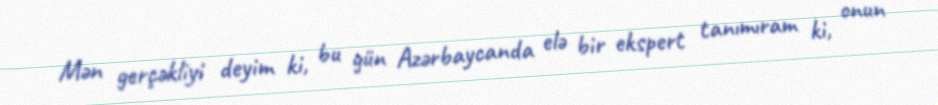
Mən gerçəkliyi deyim ki, bu gün Azərbaycanda elə bir ekspert tanımıram ki, onun